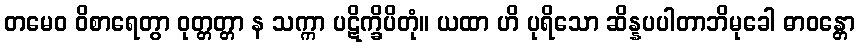
တမေဝ ဝိစာရေတွာ ဝုတ္တတ္တာ န သက္ကာ ပဋိက္ခိပိတုံ။ ယထာ ဟိ ပုရိသော ဆိန္နပပါတာဘိမုခေါ ဓာဝန္တော